Medical and sanitary report of the native army of Madras for the year
Year: 1877
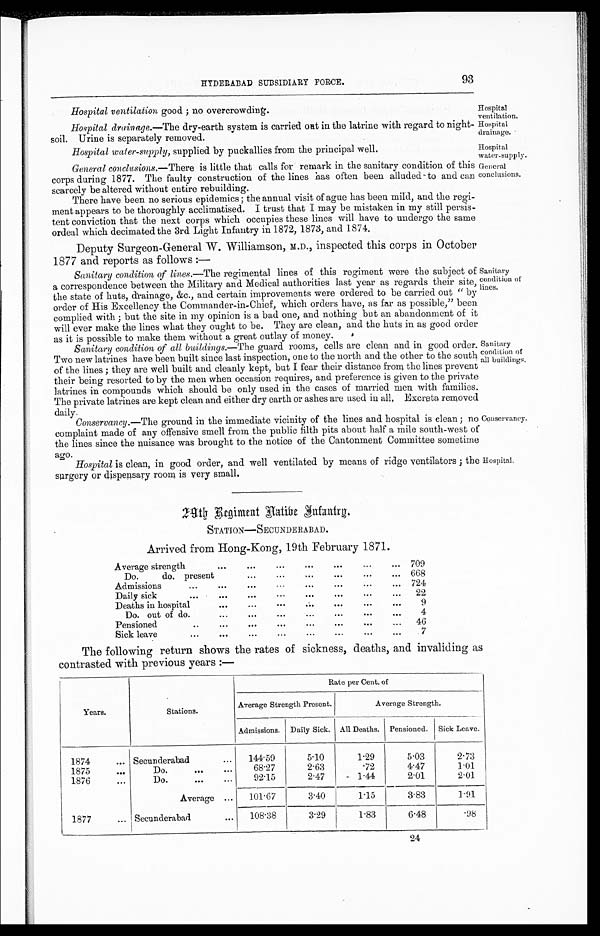
Hospital
water-supply.
General
conclusions.
93
HYDERABAD SUBSIDIARY FORCE.
Hospital ventilation good; no overcrowding.
_Hospital drainage .—The dry-earth system is carried out in the latrine with regard to night.
soil. Urine is separately removed.
Hospital water-supply, supplied by puckallies from the principal well.
General conclusions.— There is little that calls for remark in the sanitary condition of this
corps during 1877. The faulty construction of the lines has often been alluded to and can
scarcely be altered without entire rebuilding.
There have been no serious epidemics; the annual visit of ague has been mild, and the regi-
ment appears to be thoroughly acclimatised. I trust that I may be mistaken in my still persis-
tent conviction that the next corps which occupies these lines will have to undergo the same
ordeal which decimated the 3rd Light Infantry in 1872, 1873, and 1874.
Deputy Surgeon-General W. Williamson, M.D., inspected this corps in October
1877 and reports as follows:—
Sanitary condition of lines.— The regimental lines of this regiment were the subject of
a correspondence between the Military and Medical authorities last year as regards their site,
the state of huts, drainage, amp;c. , and certain improvements were ordered to be carried out " by
order of His Excellency the Commander-in-Chief, which orders have, as far as possible," been
complied with; but the site in my opinion is a bad one, and nothing but an abandonment of it
will ever make the lines what they ought to be. They are clean, and the huts in as good order
as it is possible to make them without a great outlay of money.
Sanitary condition of all buildings.— The guard rooms, cells are clean and in good order.
Two new latrines have been built since last inspection, one to the north and the other to the south
of the lines; they are well built and cleanly kept, but I fear their distance from the lines prevent
their being resorted to by the men when occasion requires, and preference is given to the private
latrines in compounds which should be only used in the cases of married men with families.
The private latrines are kept clean and either dry earth or ashes are used in all, Excreta removed
daily.
Conservancy.— The ground in the immediate vicinity of the lines and hospital is clean; no
complaint made of any offensive smell from the public filth pits about half a mile south-west of
the lines since the nuisance was brought to the notice of the Cantonment Committee sometime
ago.
Hospital is clean, in good order, and well ventilated by means of ridge ventilators; the
surgery or dispensary room is very small.
Hospital ventilation
Hospital
drainage.
Sanitary
condition of
lines.
Sanitary
condition of
all buildings.
Conservancy.
Hospital-
2 9 t h R e g i m e n t H a t i b e I n f a n t r g .
STATION—SECUNDERABAD.
Arrived from Hong-Kong, 19th February 1871.
Average strength...
... ... ...
... 709
Do. do. present...
...
... 668
Admissions
... ...
...
...
...
... 724
Daily sick
... ...
...
... ... ...
...
22
Deaths in hospital
... ... ...
...
.
..
9
Do.out of do.
... ...
...
...
...
4
Pensioned
... ... ... ...
...
46
•••
Sick leave
... ... ...
...
7
The following return shows the rates of sickness, deaths, and invaliding as
contrasted with previous years :—
Years.
Stations.
Rate per Cent. of
Average Strength Present.
Average Strength.
Admissions. Daily Sick. All Deaths. Pensioned. Sick Leave.
1874
... Secunderabad
...
144.59
5.10
1.29
5.03
2.73
1875
...
Do.
... ...
68.27
2.63
.72
4.47
1.01
1876
...
Do.
... ...
92.15
2.47
1.44
2.01
2.01
Average ...
101.67
3.40
1.15
3.83
1.91
1877
... Secunderabad
...
108 . 38
3.29
1.83
6.48
.98
24